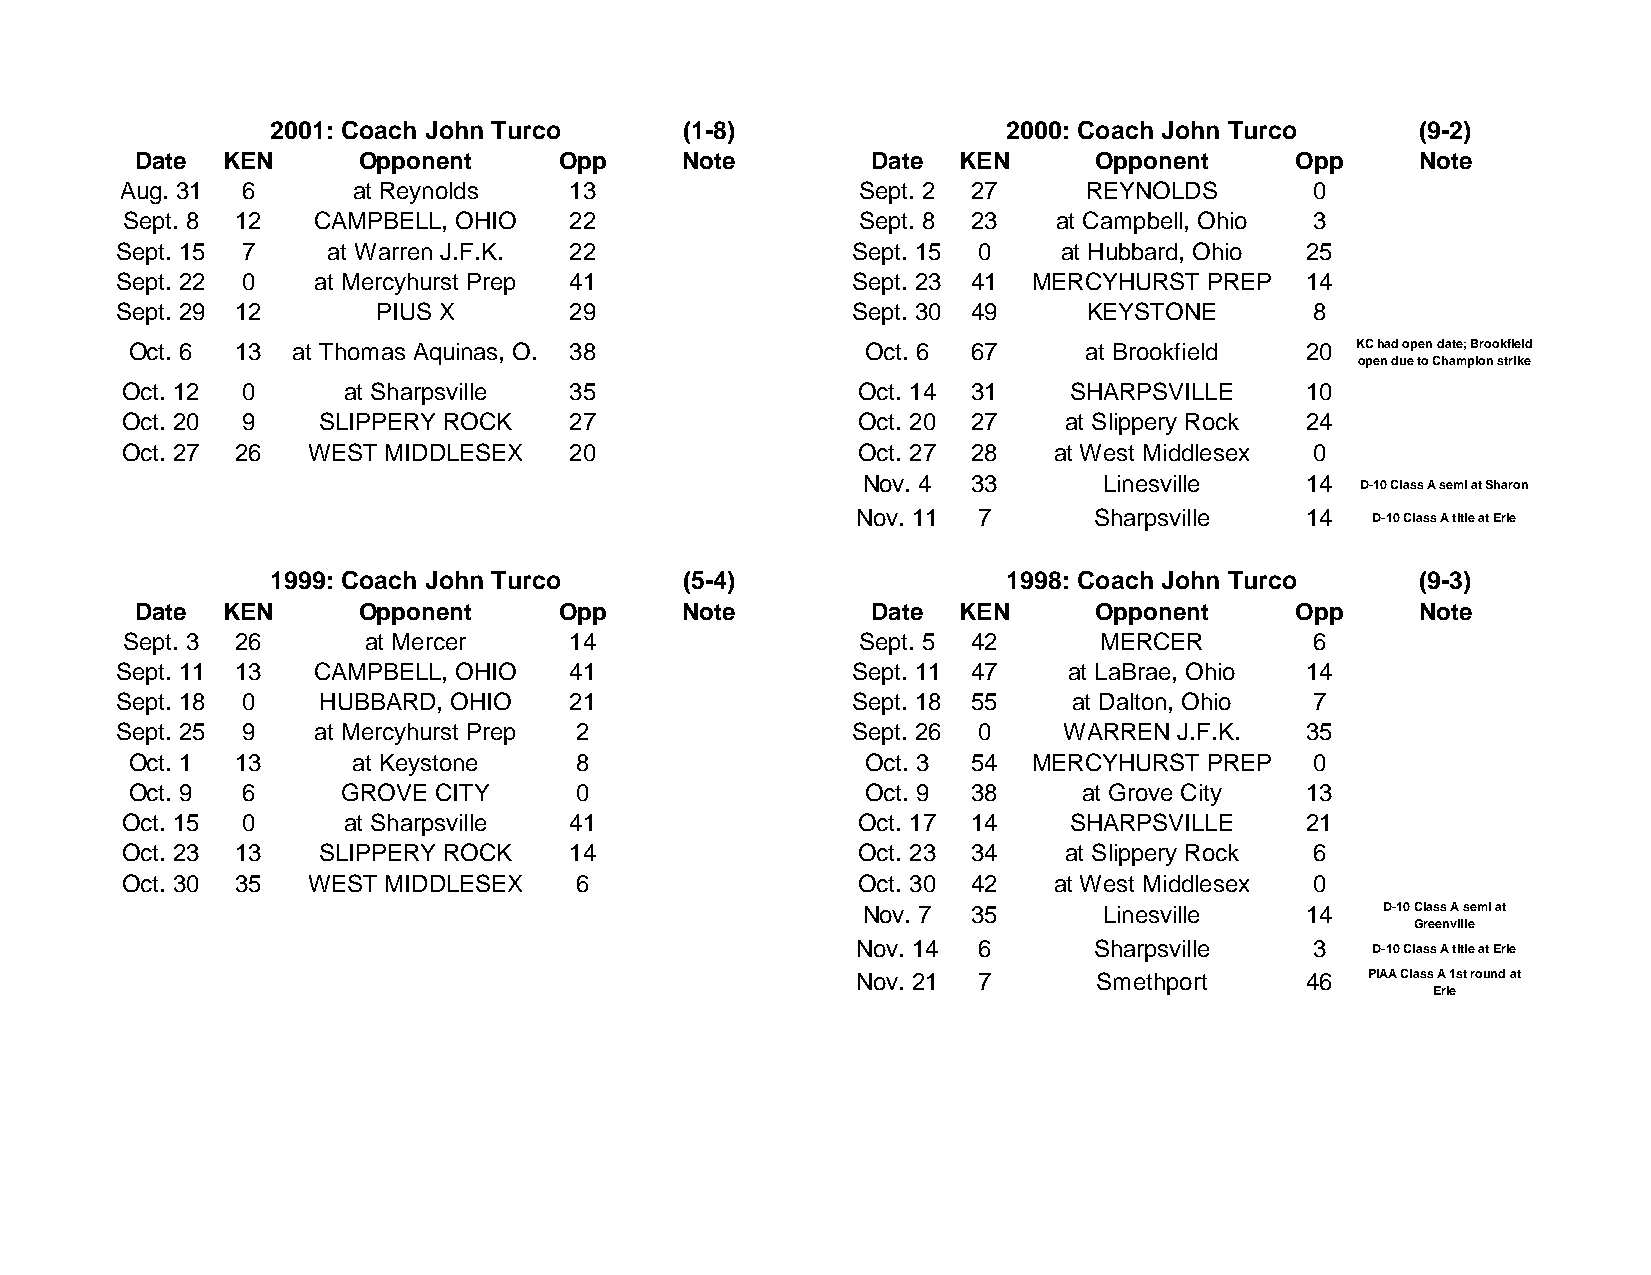
2001: Coach John Turco     (1-8)                 2000: Coach John Turco     (9-2)
 Date  KEN      Opponent     Opp     Note         Date KEN      Opponent      Opp     Note
 Aug. 31 6      at Reynolds    13                 Sept. 2 27     REYNOLDS       0
 Sept. 8 12   CAMPBELL, OHIO   22                 Sept. 8 23   at Campbell, Ohio 3
 Sept. 15 7    at Warren J.F.K. 22               Sept. 15 0    at Hubbard, Ohio 25
 Sept. 22 0   at Mercyhurst Prep 41              Sept. 23 41 MERCYHURST  PREP  14
 Sept. 29 12      PIUS X       29                Sept. 30 49     KEYSTONE       8
 Oct. 6 13 at Thomas Aquinas, O. 38              Oct. 6 67      at Brookfield 20  KC had open date; Brookfield
 open due to Champion strike
 Oct. 12 0      at Sharpsville 35                 Oct. 14 31    SHARPSVILLE    10
 Oct. 20 9    SLIPPERY ROCK    27                 Oct. 20 27   at Slippery Rock 24
 Oct. 27 26  WEST MIDDLESEX    20                 Oct. 27 28   at West Middlesex 0
 Nov. 4 33       Linesville   14  D-10 Class A semi at Sharon
 Nov. 11 7      Sharpsville   14   D-10 Class A title at Erie
 1999: Coach John Turco     (5-4)                 1998: Coach John Turco     (9-3)
 Date  KEN      Opponent     Opp     Note         Date KEN      Opponent      Opp     Note
 Sept. 3 26      at Mercer     14                 Sept. 5 42      MERCER        6
 Sept. 11 13  CAMPBELL, OHIO   41                Sept. 11 47    at LaBrae, Ohio 14
 Sept. 18 0   HUBBARD, OHIO    21                Sept. 18 55    at Dalton, Ohio 7
 Sept. 25 9   at Mercyhurst Prep 2               Sept. 26 0    WARREN  J.F.K.  35
 Oct. 1 13     at Keystone    8                  Oct. 3 54  MERCYHURST  PREP   0
 Oct. 9 6      GROVE CITY     0                  Oct. 9 38      at Grove City 13
 Oct. 15 0      at Sharpsville 41                 Oct. 17 14    SHARPSVILLE    21
 Oct. 23 13   SLIPPERY ROCK    14                 Oct. 23 34   at Slippery Rock 6
 Oct. 30 35  WEST MIDDLESEX    6                  Oct. 30 42   at West Middlesex 0
 Nov. 7 35       Linesville   14   D-10 Class A semi at
 Greenville
 Nov. 14 6      Sharpsville    3   D-10 Class A title at Erie
 Nov. 21 7       Smethport    46  PIAA Class A 1st round at
 Erie